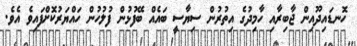
ހޮނޑައިދޫއިން ޖާބިރާއި ހާމިދުގެ އިތުރުން ސިޔާސީ ބައެއް ބޭފުޅުން ފުލުހުން ހައްޔަރުކޮށްފައިވެ އެވެ.